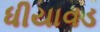
ધીયાવડ